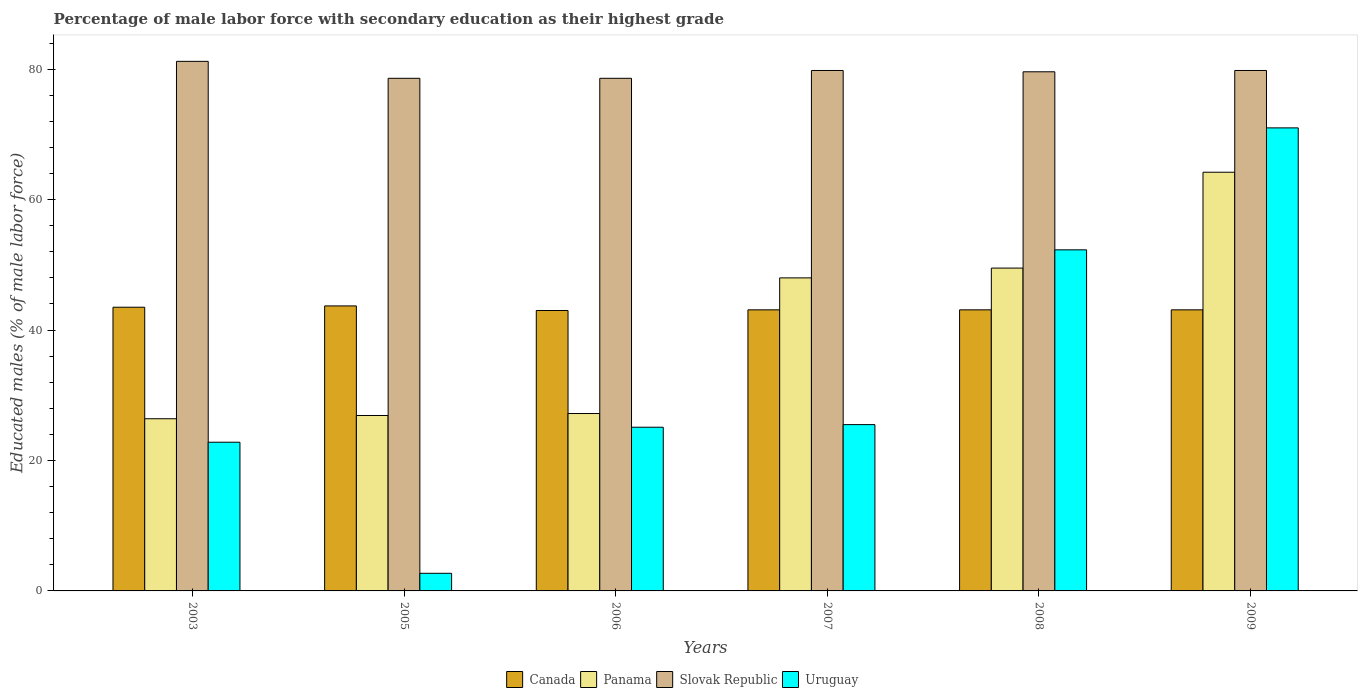
| Years | Canada | Panama | Slovak Republic | Uruguay |
 | --- | --- | --- | --- | --- |
 | 2003 | 43.5 | 26.4 | 81.2 | 22.8 |
 | 2005 | 43.7 | 26.9 | 78.6 | 2.7 |
 | 2006 | 43 | 27.2 | 78.6 | 25.1 |
 | 2007 | 43.1 | 48 | 79.8 | 25.5 |
 | 2008 | 43.1 | 49.5 | 79.6 | 52.3 |
 | 2009 | 43.1 | 64.2 | 79.8 | 71 |